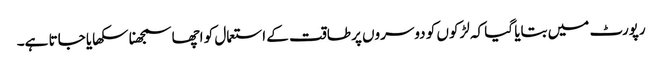
رپورٹ میں بتایا گیا کہ لڑکوں کو دوسروں پر طاقت کے استعمال کو اچھا سمجھنا سکھایا جاتا ہے۔